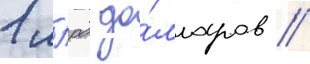
1 млрд до́лларов //